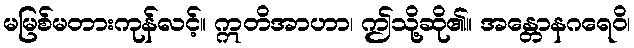
မမြစ်မတားကုန်လင့်။ ဣတိအာဟာ၊ ဤသို့ဆို၏။ အန္တောနဂရေဝိ၊